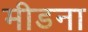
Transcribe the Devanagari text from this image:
मीडना